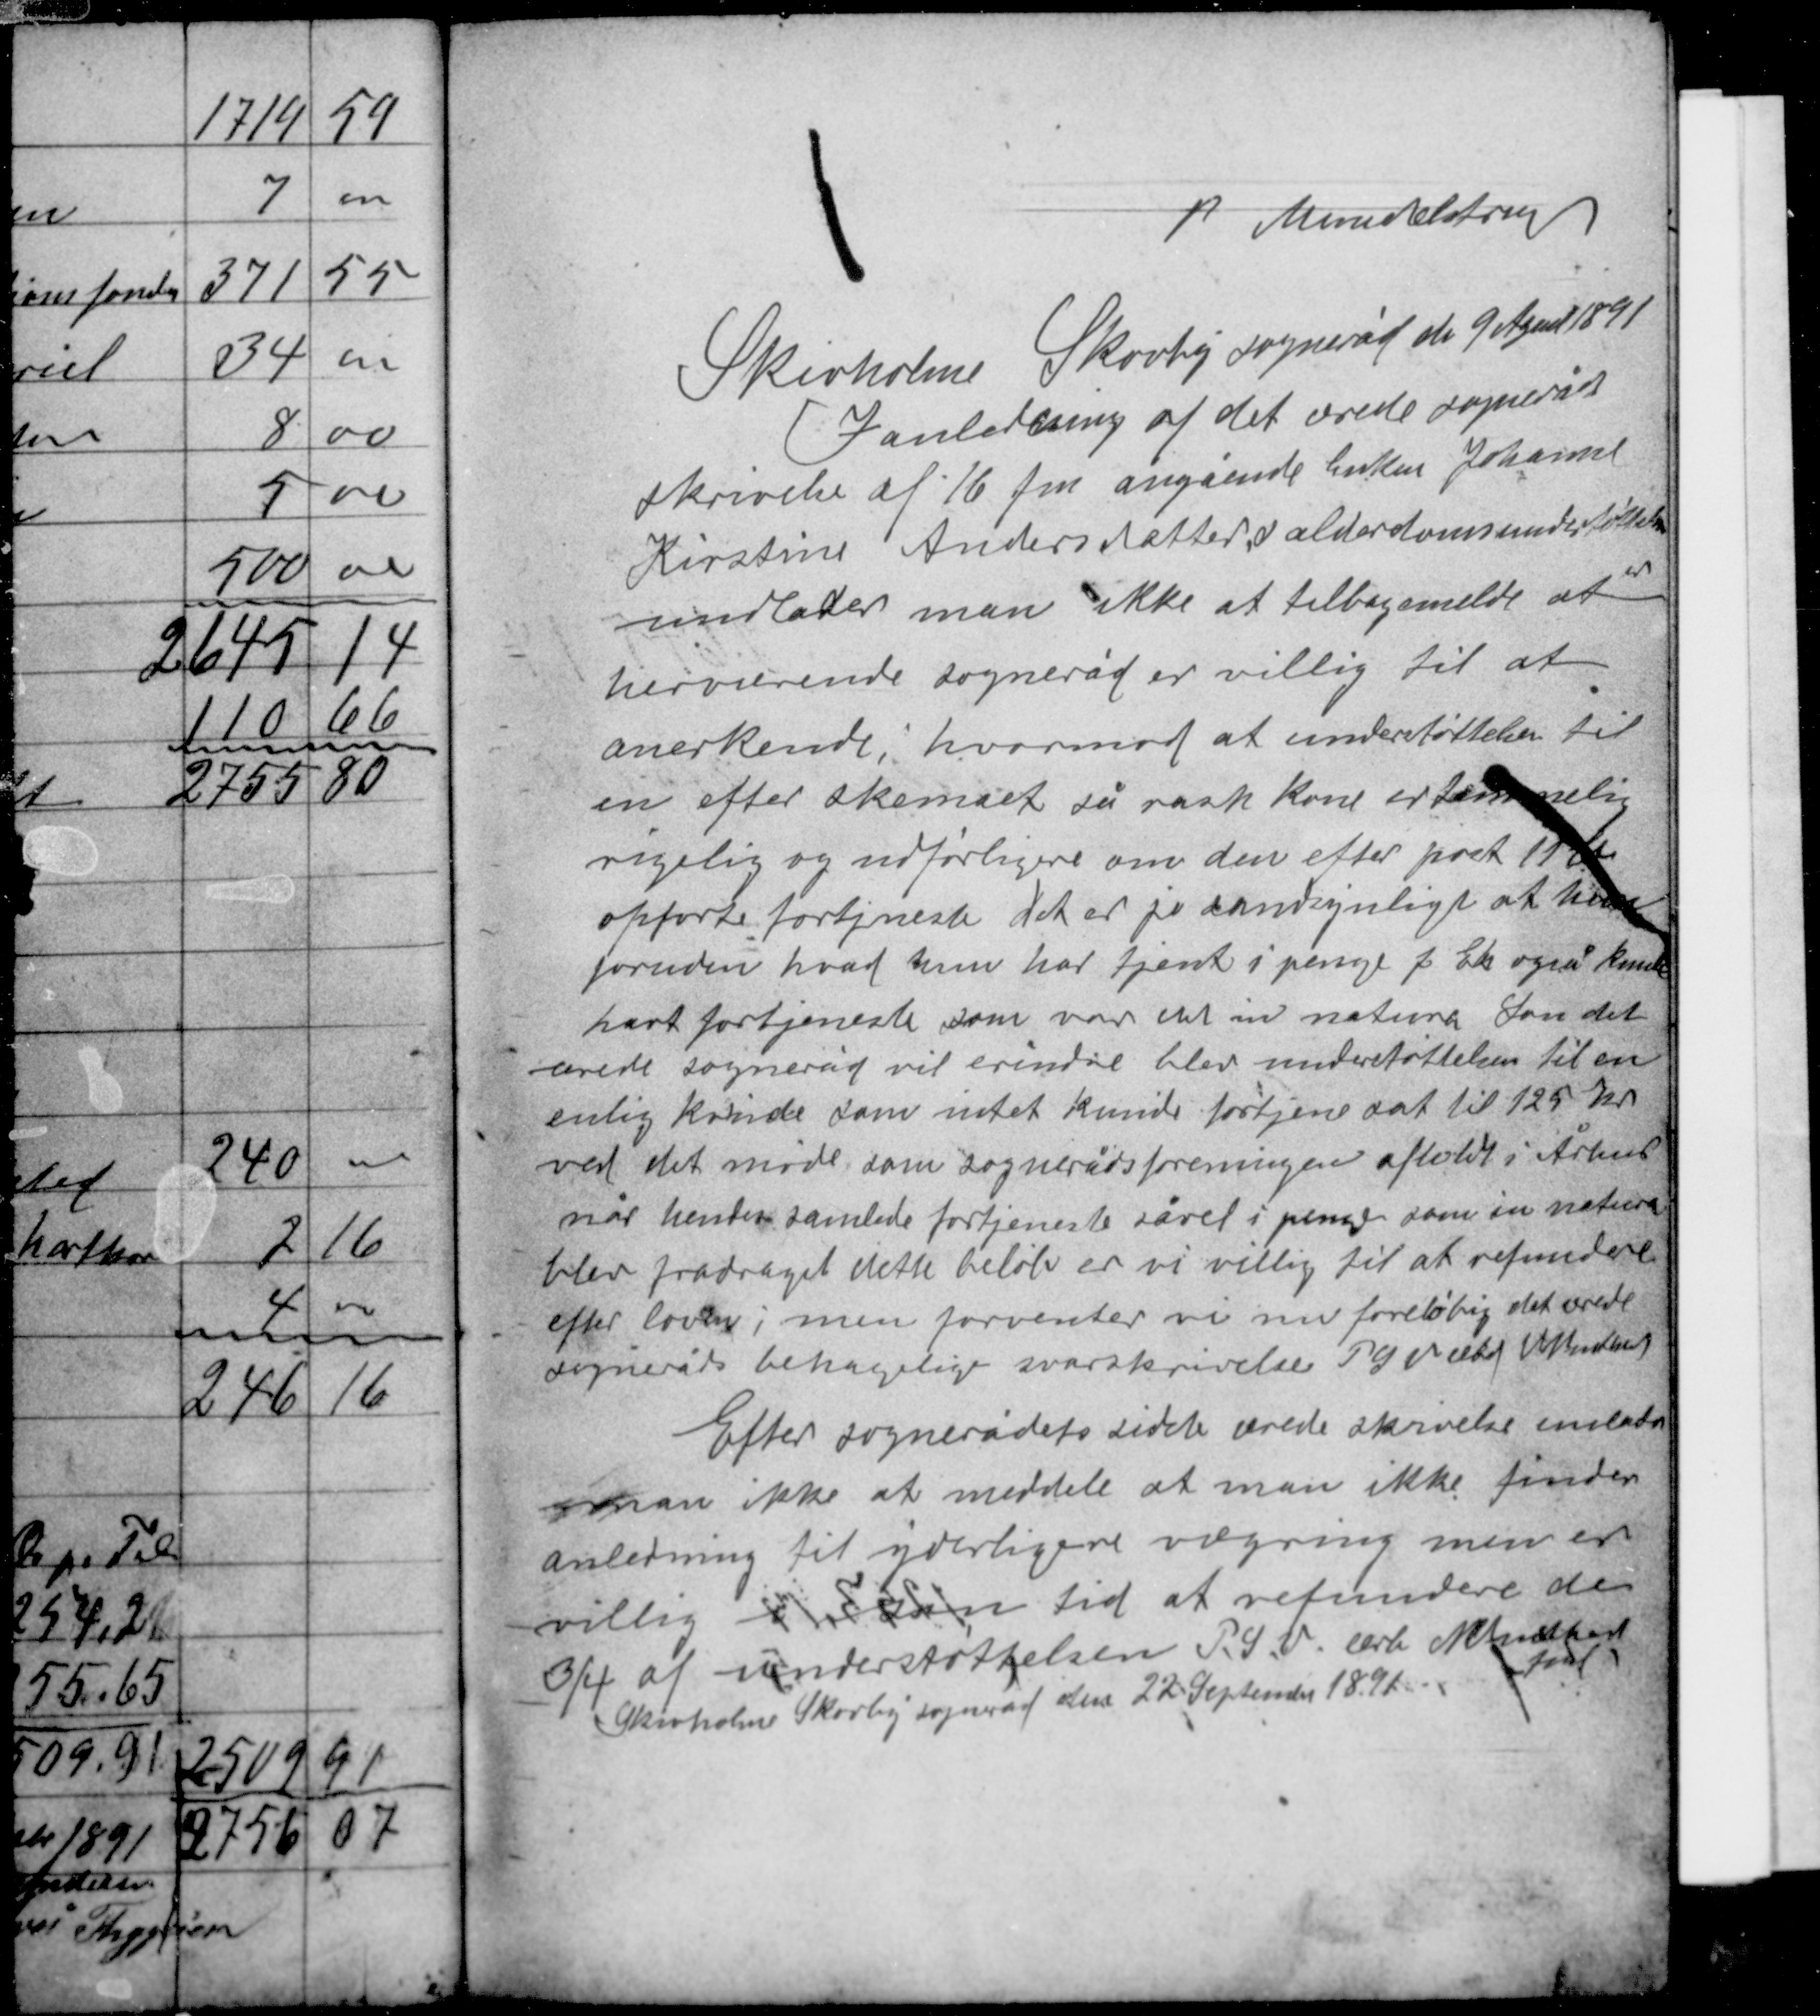
Transskription:
Mundelstrup
Skivholme Skovby sogneråd den 9 April 1891
I anledning af det ærede sogneråds
skrivelse af 16 fm angående Enken Johanne
Kirstine Andersdatter,s alderdomsunderstøttelse
undlader man ikke at tilbagemelde at
herværende sogneråd er villig til at
anerkende; hvorimod at understøttelsen til
en efter skemaet så rask kone er temmelig

rigelig og udførligere om den efter pret 11xx
opførte fortjeneste det er jo sandsynligt at hun
foruden hvad hun har tjent i penge f. Eks også kunde
havt fortjeneste som var det in natura Som det
ærede sogneråd vil erindre blev understøttelsen til en
enlig kvinde som intet kunde fortjene sat til 125 kr
ved det møde som sognerådsforeningen afholdt i Århus
når hendes samlede fortjeneste såvel i penge som in natura
blev fradraget dette beløb er vi villig til at refundere
efter loven; men forventer vi nu foreløbig det ærede
sogneråds behagelige svarskrivelse. PSV arb M Sundhart

Efter sognerådet sidste ærede skrivelse enedes
man ikke at meddele at man ikke finder
anledning til yderligere vægring men er
villig i sin tid at refundere den
3/4 af understøttelsen P.S.V. arb M Sundhart
fmd.
Skivholme Skovby sogneråd den 22 September 1891